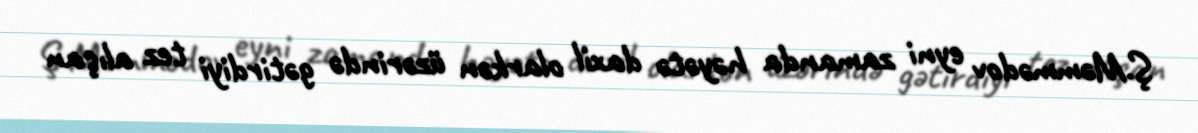
Ş.Məmmədov eyni zamanda həyətə daxil olarkən üzərində gətirdiyi tez alışan